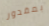
بمقدور